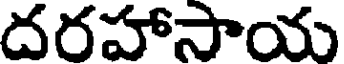
దరహాసాయ